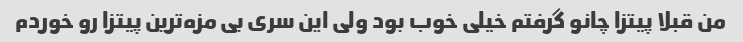
من قبلا پیتزا چانو گرفتم خیلی خوب بود ولی این سری بی مزه‌ترین پیتزا رو خوردم